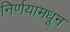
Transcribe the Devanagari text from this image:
निर्णयामधून